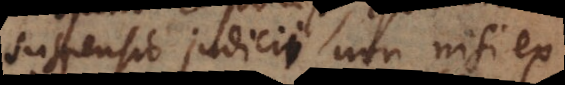
suspensio judicii non nisi ex